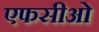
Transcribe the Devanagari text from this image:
एफसीओ